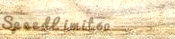
SpeedLimit60